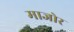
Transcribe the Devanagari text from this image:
माजोर